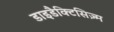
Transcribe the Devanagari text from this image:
डाइडैक्टिसिज़्म